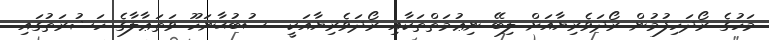
މަހުގެ ރޯދަހިފުމުން ރޯދަވެރިޔާއަށް ލިބޭ ނިޢުމަތްތަކާއި ރޯދަވެރިޔާއަކީ  ސުބުޙާނަހޫ ވަތަޢާލާގެ ހަޟުރަތުގައި